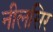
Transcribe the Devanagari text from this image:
नीलसिर